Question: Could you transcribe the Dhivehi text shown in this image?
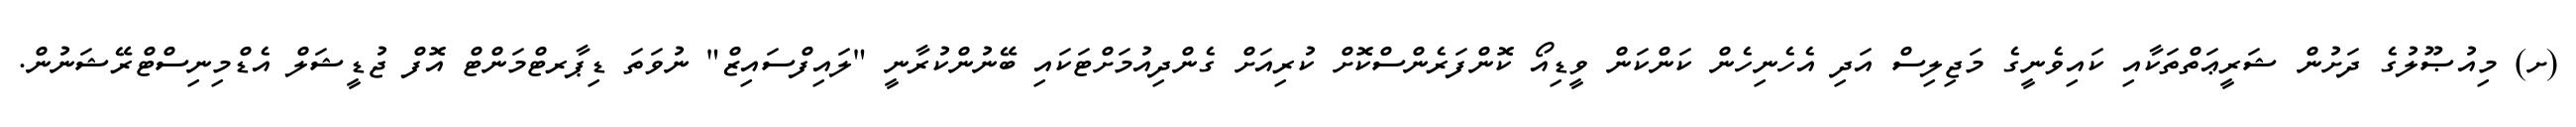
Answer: (ށ) މިއުޞޫލުގެ ދަށުން ޝަރީޢަތްތަކާއި ކައިވެނީގެ މަޖިލިސް އަދި އެހެނިހެން ކަންކަން ވީޑިއޯ ކޮންފަރެންސްކޮށް ކުރިއަށް ގެންދިއުމަށްޓަކައި ބޭނުންކުރާނީ "ލައިފްސައިޒް" ނުވަތަ ޑިޕާރޓްމަންޓް އޮފް ޖުޑީޝަލް އެޑްމިނިސްޓްރޭޝަނުން.